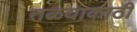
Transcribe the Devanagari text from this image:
तळयाकाठी